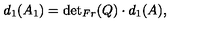
d _ { 1 } ( A _ { 1 } ) = { \det } _ { F r } ( Q ) \cdot d _ { 1 } ( A ) ,